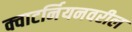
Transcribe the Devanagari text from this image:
क्वाटर्नियनवरील